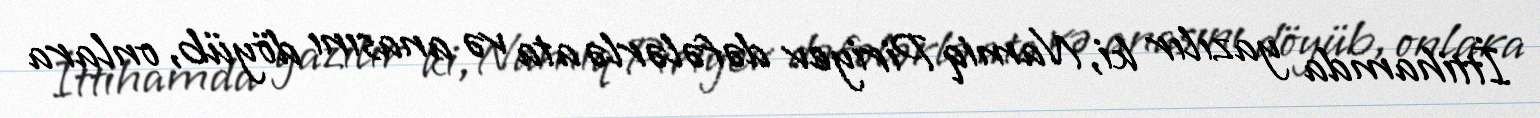
İttihamda yazılır ki, Namiq Piriyev dəfələrlə ata və anasını döyüb, onlara